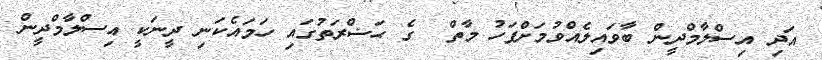
އަދި އިސްލާމްދީން ބާވައިލެއްވުމަށްފަހު މާތް  ގެ ޙަޟްރަތުގައި ހަމައެކަނި ދީނަކީ އިސްލާމްދީން